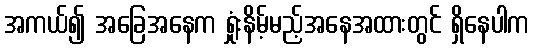
အကယ်၍ အခြေအနေက ရှုံးနိမ့်မည့်အနေအထားတွင် ရှိနေပါက